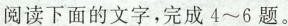
阅读下面的文字，完成 4~6 题。